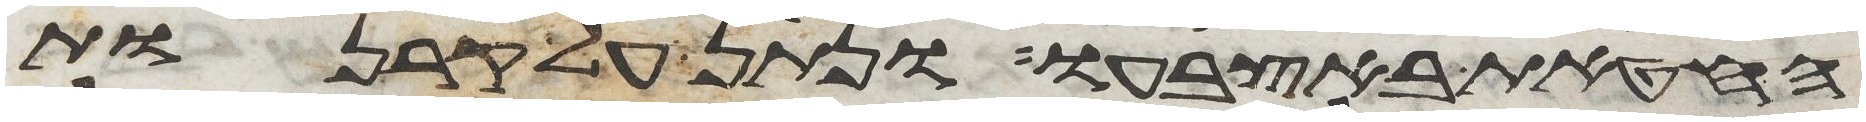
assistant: החטאת באצבעו ונתן על קרנות